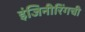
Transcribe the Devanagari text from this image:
इंजिनीरिंगची